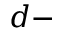
d -